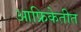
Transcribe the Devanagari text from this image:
आफ्रिकेतीत